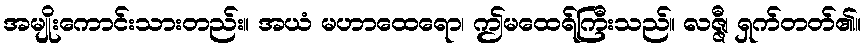
အမျိုးကောင်းသားတည်း။ အယံ မဟာထေရော၊ ဤမထေရ်ကြီးသည်။ လဇ္ဇီ၊ ရှက်တတ်၏။